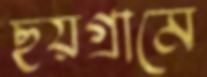
ছয়গ্রামে